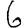
Digit: 6